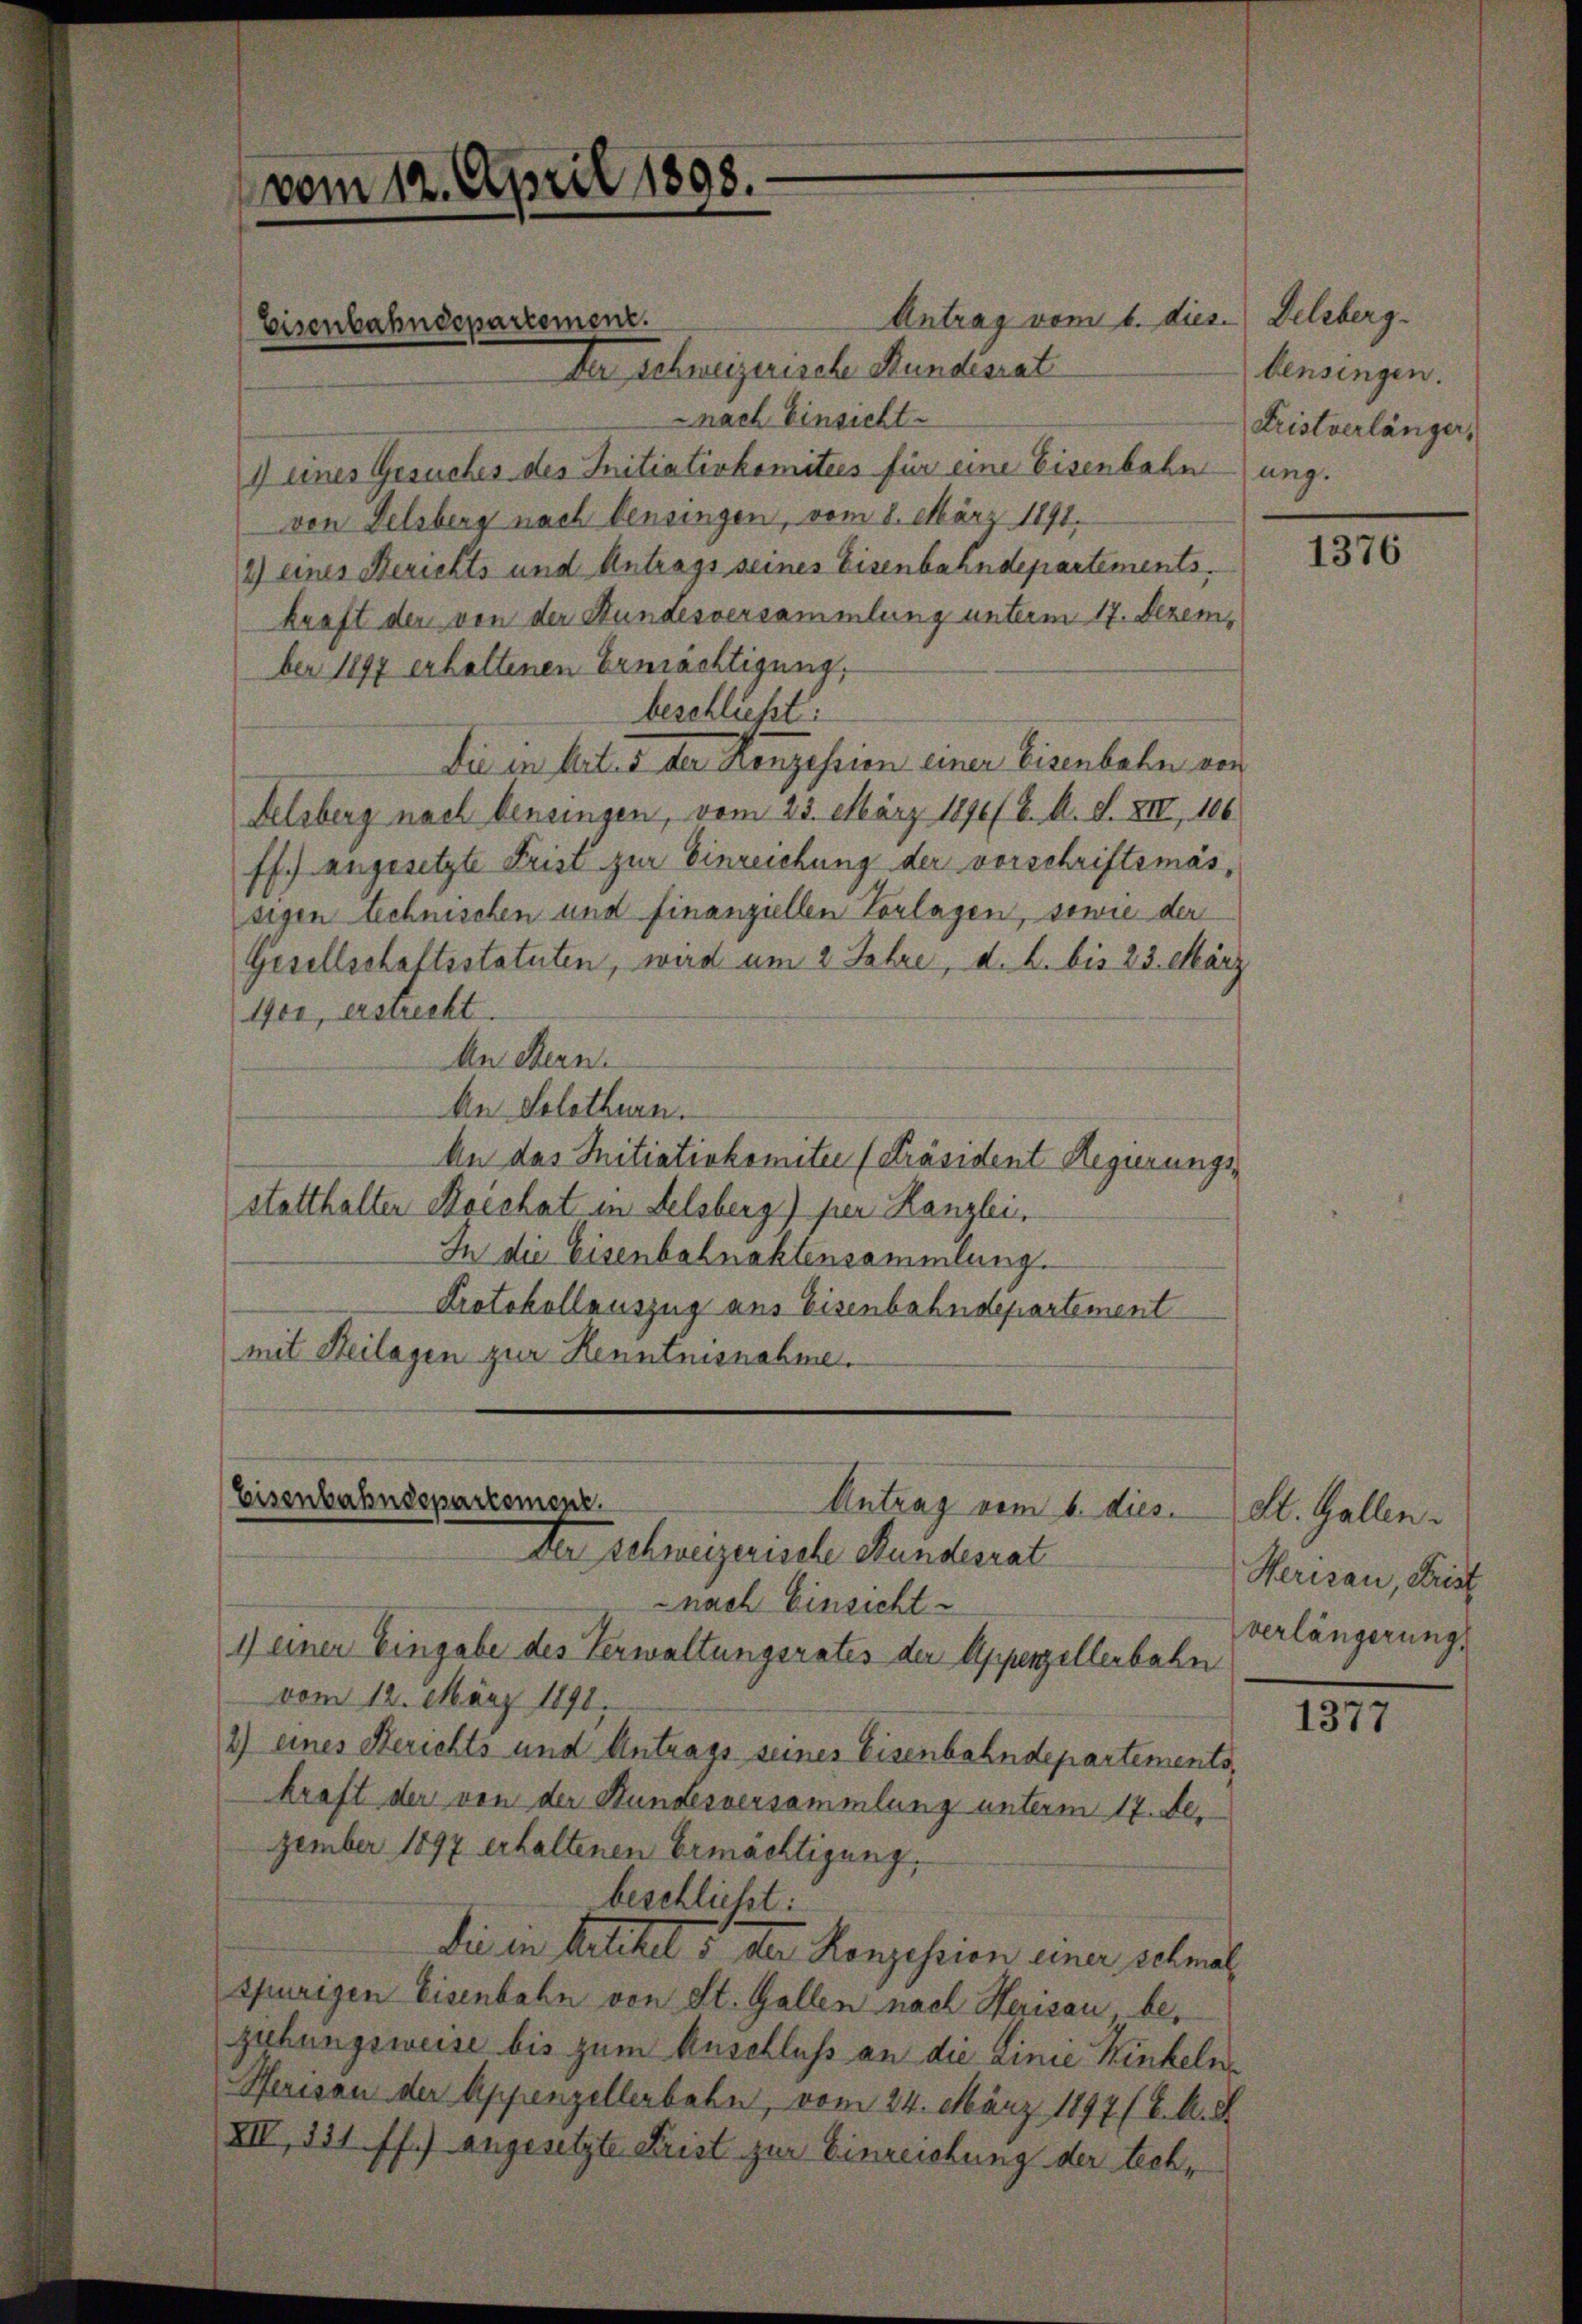
vom 12. April 1898.

Antrag vom 6. dies
Der Schweizerische Kundiscat
nach Einsicht
1 eines Gesuches des Initiativkomitees für eine Eisenbahn
von Delsberg nach Pensingen, vom 8. März 1891.
2) eines Berichts und Antrags seines Eisenbahndepartementskraft der von der Stundesversammlung unterm 17. Dezember 1897 erhaltenen Ermächtigung,
beschließt:
Die in Artus der Konzession einer Eisenbahn von
delsberg nach benungen, vom 23. März 1890 b. A. S. XII, 106
ff.) angesetzte Frist zur Einreichung der vorschriftsmässigen technischen und finanziellen Vorlagen, sowie der
Gesellschaftsstatuten, wird um 2 Jahre, d. h. bis 23. März
100, erstreckt.
An Stern.
An Solothurn.
An das Mitiativkomitee [Präsident Regierungsstatthalter Koishat in Felsberg) per Kanzlei,
In die Eisenbahnaktensammlung.
Protokollauszug aus Eisenbahndepartement
mit Heilagen zur Henntnisnahme.

Eisenbahndepartement.

Eisenbahndepartement.
Antrag vom 6. dies
Der schweizerische Hundesrat

nach Einsicht
1) einer Eingabe des Verwaltungsrates der Appenzellerbahn
vom 12. März 1890.
2) eines Berichts und Antrags seines Eisenbahndepartements,
kraft der von der Hundesversammlung unterm 17. De
zember 1897 erhaltenen Ermächtigung,
beschlicht:
Sie in Artikel 5 der Konzesion einer schmal
spurigen Eisenbahn von St. Gallen nach Herisau, begibungsweise bis zum Anschluß an die Linie Kinkeln
Herisau der Appenzellenbahn, vom 24. März 1897 (6. A. S
XIV, 151 ff.) angesetzte Frist zur Einreichung der tech¬

Deleberg.
bensingen.
Fristverlänger,
ung.

1376

St. Gallen.
Herisau, Frist
verlängerung

1377